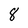
Character: 8